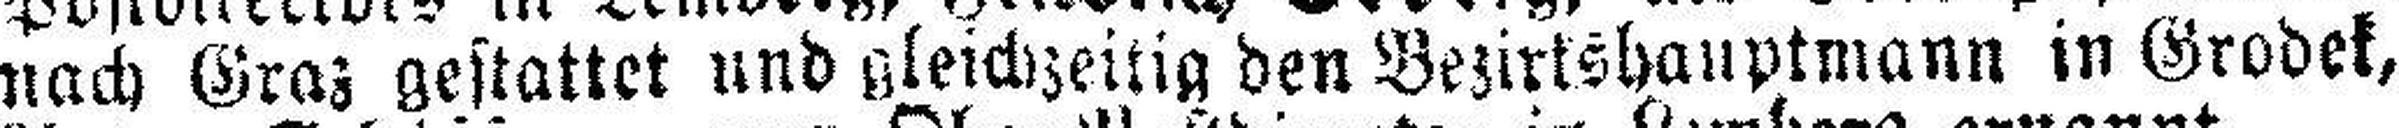
nach Graz gestattet und gleichzeitig den Bezirkshauptmann in Grodek,